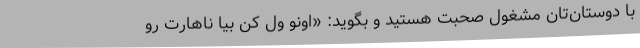
با دوستان‌تان مشغول صحبت‌ هستید و بگوید: «اونو ول کن بیا ناهارت رو